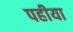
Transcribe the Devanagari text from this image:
पहीया